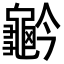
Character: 𪚬